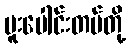
ပူးပေါင်းတပ်တို့